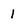
Character: 1